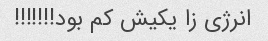
انرژی زا یکیش کم بود!!!!!!!